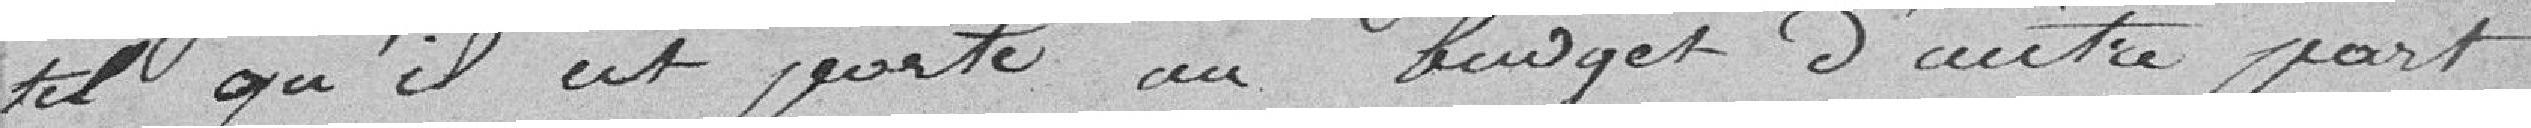
tel qu'il est porté au budget d'autre part.